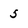
Character: 5